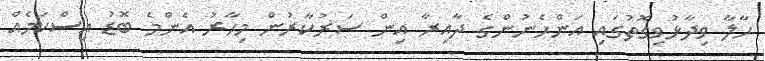
ހާލާ ވިދާޅުވިގޮތުގައި އަންހެނުންގެ ދާއިރާ އިން ސަރުކާރުން މިހާރު އެންމެ ބޮޑު އިސްކަމެއް